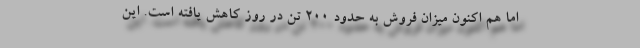
اما هم اکنون میزان فروش به حدود ۲۰۰ تن در روز کاهش یافته است. این